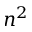
n ^ { 2 }